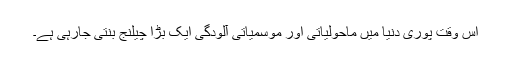
اس وقت پوری دنیا میں ماحولیاتی اور موسمیاتی آلودگی ایک بڑا چیلنج بنتی جارہی ہے۔